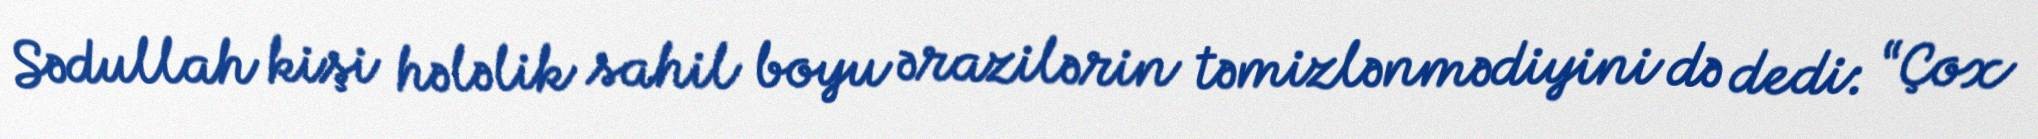
Sədullah kişi hələlik sahil boyu ərazilərin təmizlənmədiyini də dedi: “Çox